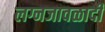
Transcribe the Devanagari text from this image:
लग्नजावळादी